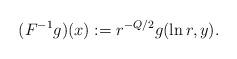
LaTeX: \begin{align*}(F^{-1}g)(x) :=r^{-Q/2}g(\ln r, y). \end{align*}